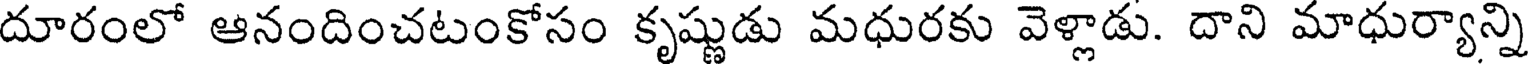
దూరంలో ఆనందించటంకోసం కృష్ణుడు మధురకు వెళ్లాడు. దాని మాధుర్యాన్ని